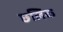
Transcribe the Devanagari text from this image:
छलिक